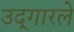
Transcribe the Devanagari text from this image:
उद्‍गारले